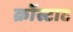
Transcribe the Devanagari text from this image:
क्रोंस्टाट